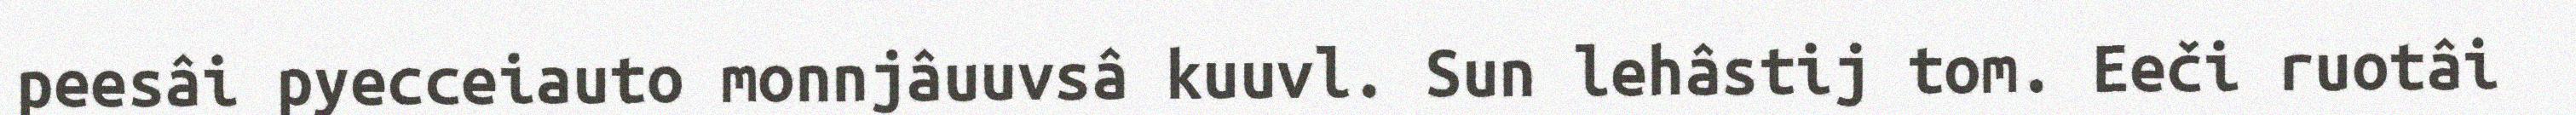
peesâi pyecceiauto monnjâuuvsâ kuuvl. Sun lehâstij tom. Eeči ruotâi